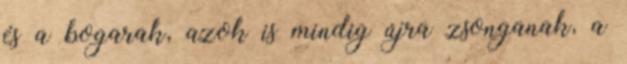
és a bogarak, azok is mindig újra zsonganak, a